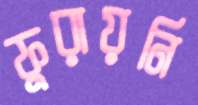
ফুরায়নি